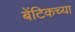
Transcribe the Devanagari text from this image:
बेंटिकच्या